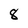
Character: 8